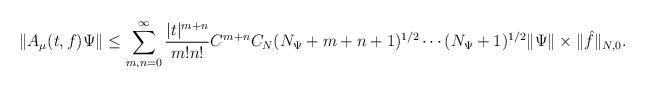
LaTeX: \begin{align*}\| A_\mu (t,f) \Psi \| \le \sum _{m,n =0} ^\infty \frac{|t| ^{m+n}}{m! n!} C^{m+n} C_N (N_\Psi + m+n+1) ^{1/2} \cdots (N_\Psi +1) ^{1/2} \| \Psi \| \times \| \hat{f} \| _{N,0} . \end{align*}